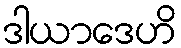
ဒါယာဒေဟိ